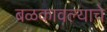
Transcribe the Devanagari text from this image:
बळकावल्याचे